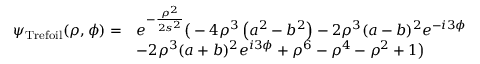
\begin{array} { r l } { \psi _ { \mathrm { T r e f o i l } } ( \rho , \phi ) = } & { e ^ { - \frac { \rho ^ { 2 } } { 2 s ^ { 2 } } } \bigr ( - 4 \rho ^ { 3 } \left( a ^ { 2 } - b ^ { 2 } \right) - 2 \rho ^ { 3 } ( a - b ) ^ { 2 } e ^ { - i 3 \phi } } \\ & { - 2 \rho ^ { 3 } ( a + b ) ^ { 2 } e ^ { i 3 \phi } + \rho ^ { 6 } - \rho ^ { 4 } - \rho ^ { 2 } + 1 \bigr ) } \end{array}